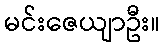
မင်းဇေယျာဦး။